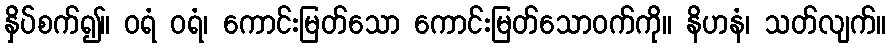
နှိပ်စက်၍။ ဝရံ ဝရံ၊ ကောင်းမြတ်သော ကောင်းမြတ်သောဝက်ကို။ နိဟနံ၊ သတ်လျက်။